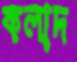
কলাদ